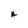
Character: A